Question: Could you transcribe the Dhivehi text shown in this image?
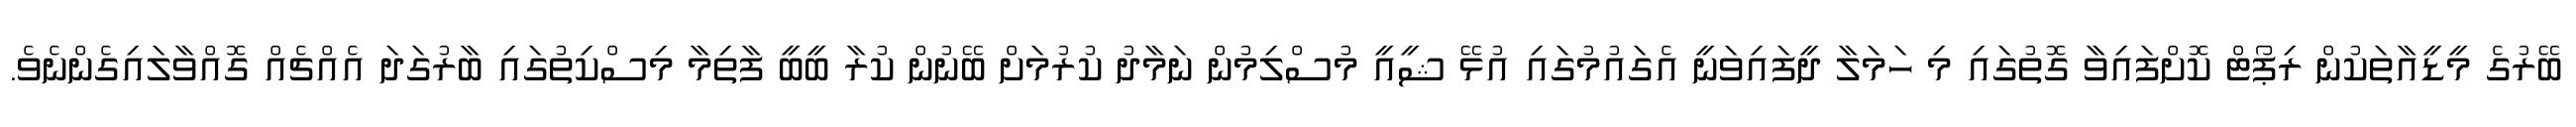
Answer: ބޭރުގެ މީޑީއާތަކުން ރިޕޯޓް ކޮށްފައިވާ ގޮތުގައި މި ހަމަލާ ދީފައިވަނީ އެގައުމުގައި އުޅޭ ޝީއީ މުސްލިމުން ނަމާދު ކުރުމަށް ބޭނުން ކުރާ ބީބީ ފާތިމާ މިސްކިތުގައި ބާރުގަދަ އެއްޗެއް ގޮއްވާލައިގެންނެވެ.